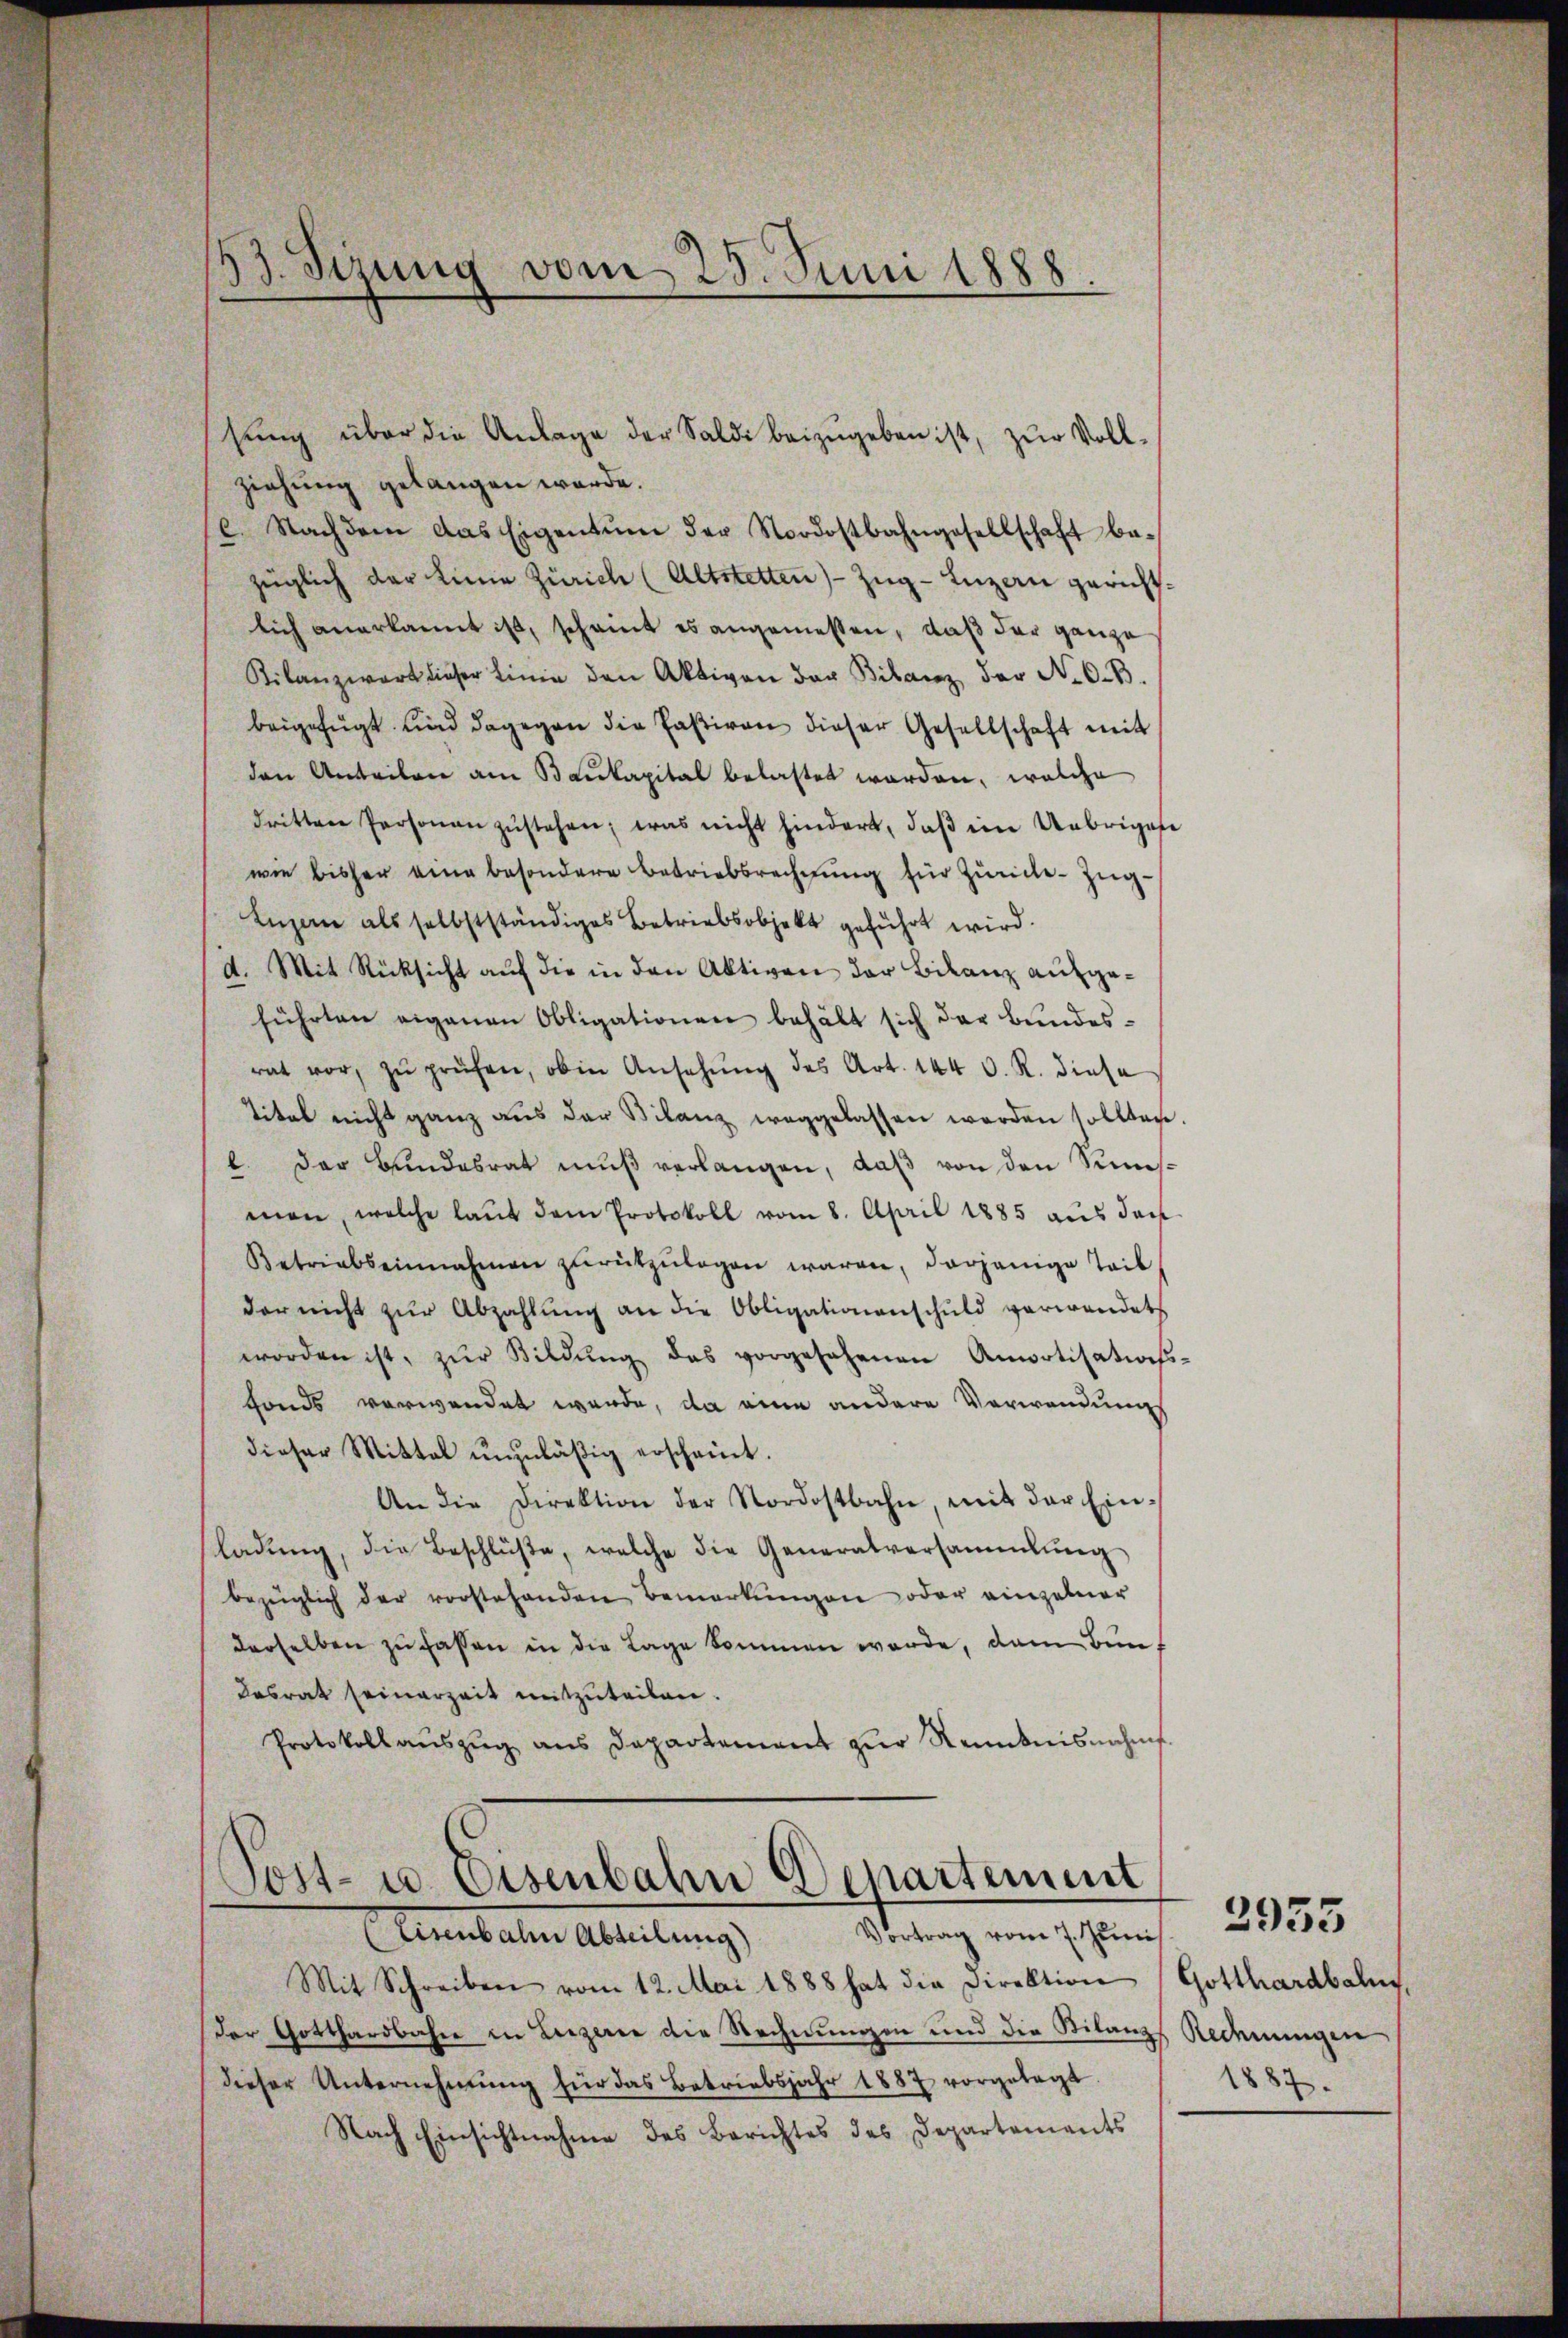
53. Sezung vom 25. Juni 1888.

sŭng über die Anlage der Saldi beizugeben ist, zur Vollziehung gelangen werde.
l. Nachdem das Eigentum der Nordostbahngesellschaft be-
züglich der keine Zürich (Altstetten) Zug–Luzern gerichtlich anerkannt ist, scheint es angemessen, daß der ganze
Kilanzwert dieser Linie den Aktiven der Bilanz der N.O.B.
beigefügt und dagegen die Paßiven dieser Gesellschaft mit
den Anteilen am Baukapital belastet worden, welche
dritten Personen zŭstehen; was nicht hindert, daβ ein Uebrigese
wie bisher eine besondere Betriebsrechnung für Zürche-Zug¬
Luzern als selbstständiges Betriebsobjekt geführt wird.
A. Mit Rücksicht auf die in den Aktiven der Bilanz aufgeführten eigenen Obligationen behält sich der Bundesrat vor, zŭ prüfen, ob in Ansehung des Art. 144 O. R. diese
titel nicht ganz aus der Bilanz weggelassen werden sollten.
l. Der Bundesrat muß verlangen, daß von den Simsmen, welche laŭt dem Protokoll vom 8. April 1885 aus den
Betriebseinnahmen zŭrückzŭlagen waren, derjenige Teil
der nicht zŭr Abzahlŭng an die Obligationenschuld verwandet
worden ist, zŭr Bildŭng des vorgesehenen Amortisations-
fonds verwendet werde, da eine andere Verwendungs
dieser Mittel unzuläßig erscheint.
An die Direktion der Nordostbahn, mit der Einsladŭng, die Beschlüße, welche die Generalversammlung
bezüglich der vorstehenden Bemerkungen oder einzelner
derselben zŭ fassen in die Lage kommen werde, dann Bünf
Dasrat seinerzeit mitzuteilen.
Protokoll aŭszŭg ans Departement zŭr Kenntnisnahms.

Sost- u. Eisenbahn Departement
Vortrag vom 7. Juni.  2935
Eisenbahn Abteilung)

Mit Schreiben vom 12. Mai 1888 hat die Direktion Gotthardbahn,
Der Gotthardbahn in Liezerer die Rechnungen und die Stilanze Redenungen
dieser Unternehmung für das Betriebsjahr 1887 vorgelegt.
Nach Einsichtnahme des Berichtes des Departements

1887.